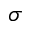
\sigma